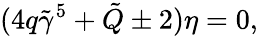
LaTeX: (4q\tilde{\gamma}^{5}+\tilde{Q}\pm 2)\eta=0,